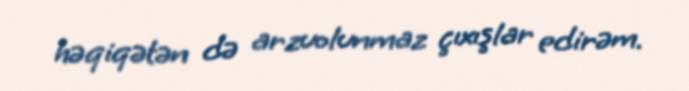
həqiqətən də arzuolunmaz çıxışlar edirəm.